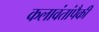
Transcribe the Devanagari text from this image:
कलावंतांपैकी